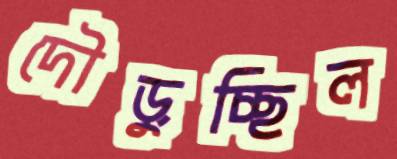
দৌড়ুচ্ছিল